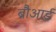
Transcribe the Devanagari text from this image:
ब्रौआर्ड